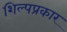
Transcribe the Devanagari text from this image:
शिल्पप्रकार